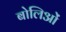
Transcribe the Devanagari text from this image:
बोलिओं